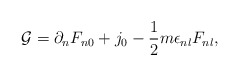
\begin{align*}{\cal G} = \partial_nF_{n0} + j_0 -\frac{1}{2}m\epsilon_{nl}F_{nl},\end{align*}